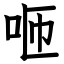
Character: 咂